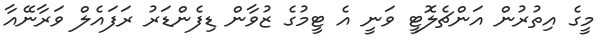
މީގެ އިތުރުން އަންޗެލޮޓީ ވަނީ އެ ޓީމުގެ ޒުވާން ޑިފެންޑަރު ރަފައެލް ވަރާނޭއާ